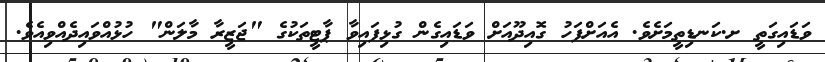
ވަޑައިގަތީ ށ.ކަނޑިތީމަށެވެ. އެއަށްފަހު ގޮއިދޫއަށް ވަޑައިގެން ގުޅިފައިވާ ޕާޓީތަކުގެ "ޖަޒީރާ މާލަން" ހުޅުއްވައިދެއްވިއެވެ.